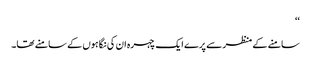
‘‘
سامنے کے منظر سے پرے ایک چہرہ ان کی نگاہوں کے سامنے تھا۔